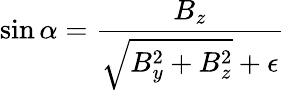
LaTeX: \sin\alpha=\frac{B_{z}}{\sqrt{B_{y}^{2}+B_{z}^{2}}+\epsilon}